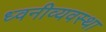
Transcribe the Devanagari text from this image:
ध्वनीव्यवस्था